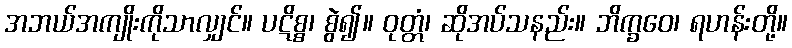
အဘယ်အကျိုးကိုသာလျှင်။ ပဋိစ္စ၊ စွဲ၍။ ဝုတ္တံ၊ ဆိုအပ်သနည်း။ ဘိက္ခဝေ၊ ရဟန်းတို့။